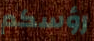
رؤسكم